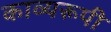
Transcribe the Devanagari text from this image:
काव्यरूपी